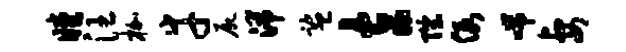
瞠汪枷幸尸湍监玄陛假喘妻